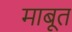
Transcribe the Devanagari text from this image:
माबूत